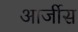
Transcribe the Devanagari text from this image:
आर्जीस